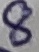
Text: 8